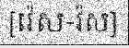
[វ៉េស-វ៉ស]